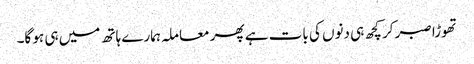
تھوڑا صبر کر کچھ ہی دنوں کی بات ہے پھر معاملہ ہمارے ہاتھ میں ہی ہو گا۔